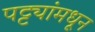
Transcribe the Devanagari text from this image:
पट्ट्यांमधून